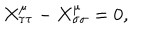
X _ { \tau \tau } ^ { \mu } - X _ { \sigma \sigma } ^ { \mu } = 0 ,